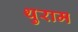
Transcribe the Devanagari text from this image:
थुराम